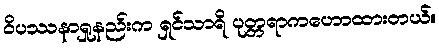
ဝိပဿနာရှုနည်းက ရှင်သာရိ ပုတ္တရာကဟောထားတယ်။